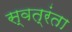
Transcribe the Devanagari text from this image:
स्वत्रंता